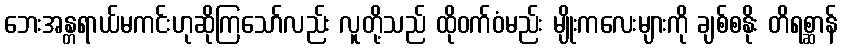
ဘေးအန္တရာယ်မကင်းဟုဆိုကြသော်လည်း လူတို့သည် ထိုဝက်ဝံမည်း မျိုးကလေးများကို ချစ်စနိုး တိရစ္ဆာန်